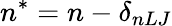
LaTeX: n^{*}=n-\delta_{nLJ}